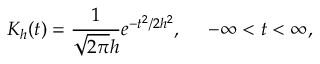
K _ { h } ( t ) = \frac { 1 } { \sqrt { 2 \pi } h } e ^ { - t ^ { 2 } / 2 h ^ { 2 } } , ~ ~ ~ ~ - \infty < t < \infty ,